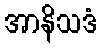
အာနိသဒံ